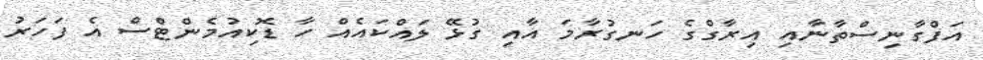
އަފްގާނިސްތާނާއި އިރާގްގެ ހަނގުރާމަ އާއި ގުޅޭ ލައްކައެއް ހާ ޑޮކިއުމެންޓްސް އެ ފަހަރު